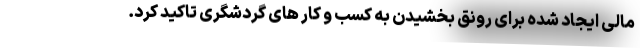
مالی ایجاد شده برای رونق بخشیدن به کسب و کار های گردشگری تاکید کرد.